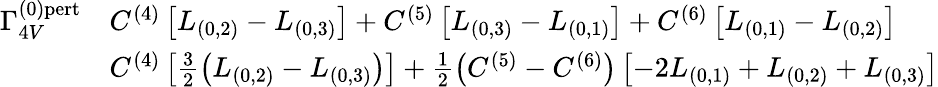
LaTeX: \begin{array}{rl}{{\Gamma_{4V}^{(0)\mathrm{{pert}}}}}&{{C^{(4)}\left[L_{(0,2)}-L_{(0,3)}\right]+C^{(5)}\left[L_{(0,3)}-L_{(0,1)}\right]+C^{(6)}\left[L_{(0,1)}-L_{(0,2)}\right]}}\\ {{\mathrm{}}}&{{C^{(4)}\left[\frac{3}{2}\left(L_{(0,2)}-L_{(0,3)}\right)\right]+\frac{1}{2}\left(C^{(5)}-C^{(6)}\right)\left[-2L_{(0,1)}+L_{(0,2)}+L_{(0,3)}\right]}}\end{array}